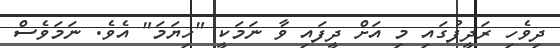
ދިވެހި ރަދީފުގައި މި އަށް ދީފައި ވާ ނަމަކީ "ހިޔަމަ" އެވެ. ނަމަވެސް